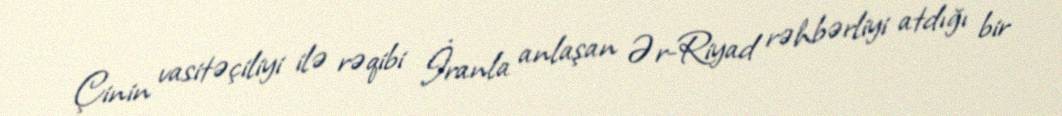
Çinin vasitəçiliyi ilə rəqibi İranla anlaşan Ər-Riyad rəhbərliyi atdığı bir